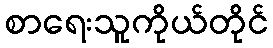
စာရေးသူကိုယ်တိုင်